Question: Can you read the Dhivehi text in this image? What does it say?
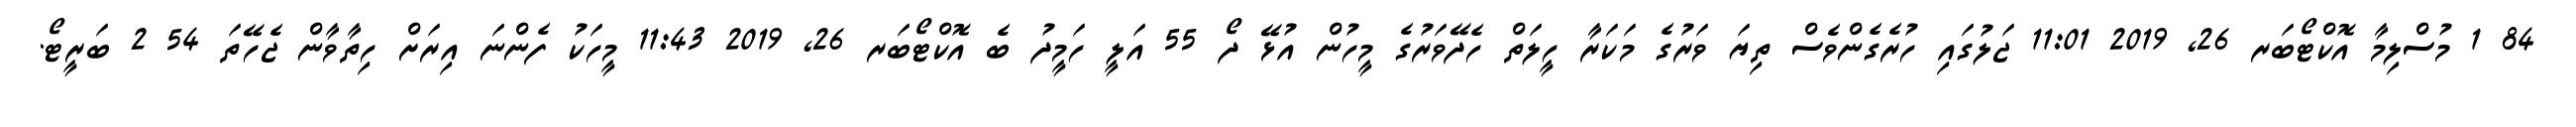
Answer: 84 1 މުސްލިމާ އޮކްޓޯބަރ 26, 2019 11:01 ޖަލުގައި ހުރެގެންވެސް ތިޔަ ވަރުގެ މަކަރާ ހީލަތް ހެދޭވަރުގެ މީހުން އުޅޭ ދޯ 55 އަލީ ހަމީދު ބެ އޮކްޓޯބަރ 26, 2019 11:43 މީހަކު ފެންނަ އިރަށް ހިތާވާން ޖެހޭތަ 54 2 ބަރީޓޯ.